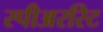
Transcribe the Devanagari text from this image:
स्पीअररिट